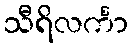
သီရိလင်္ကာ